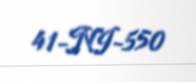
41-NI-550